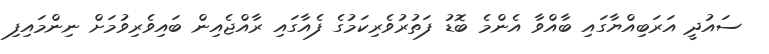
ސައުދީ އަރަބިއްޔާގައި ބާއްވާ އެންމެ ބޮޑު ފަތުރުވެރިކަމުގެ ފެއާގައި ރާއްޖެއިން ބައިވެރިވުމަށް ނިންމައިފި